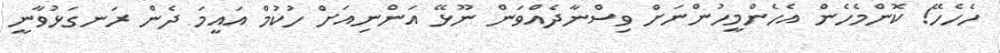
ހެހެހޭ! ކޮންމެހެން އެހެންމީހުންނަށް ވިސްނާދެއްވަން ނޫޅޭ އަންނިއަށް ހުކުމް އައީމަ ދެން ރަނގަޅުވާނީ